Annual administration report of the Civil Veterinary Department of India - 1896-1897
Year: 1896
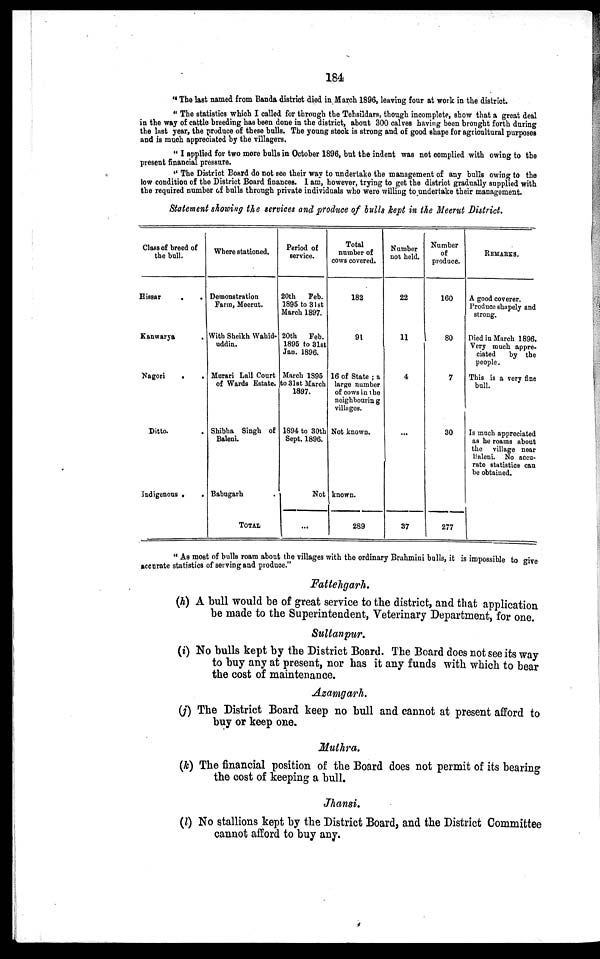
184
" The last named from Banda district died in March 1896, leaving four at work in the district.
" The statistics which I called for through the Tehsildars, though incomplete, show that a great deal
in the way of cattle breeding has been done in the district, about 300 calves having been brought forth during
the last year, the produce of these bulls. The young stock is strong and of good shape for agricultural purposes
and is much appreciated by the villagers.
" I applied for two more bulls in October 1896, but the indent was not complied with owing to the
present financial pressure.
" The District Board do not see their way to undertake the management of any bulls owing to the
low condition of the District Board finances. I am, however, trying to get the district gradually supplied with
the required number of bulls through private individuals who were willing to undertake their management.
Statement showing the services and produce of bulls kept in the Meerut District.
Class of breed of
the bull.
Hissar
. .
Kanwarya .
Nagori
.
.
Ditto. .
Indigenous .
.
Where stationed.
Demonstration
Farm, Meerut.
With Sheikh Wahid-
uddin.
Murari Lall Court
of Wards Estate.
Shibha Singh of
Baleni.
Babugarh .
TOTAL
Period of
service.
20th
Feb.
1895 to 31st
March 1897.
20th
Feb.
1895 to 31st
Jan. 1896.
March 1895
to 31st March
1897.
1894 to 30th
Sept. 1896.
Not
...
Total
number of
cows covered.
182
91
16 of State ; a
large number
of cows in the
neighbouring
villages.
Not known.
known.
289
Number
not held.
22
11
4
...
37
Number
of
produce.
160
80
7
30
277
REMARKS.
A good coverer.
Produce shapely and
strong.
Died in March 1896.
Very much appre-
ciated
by the
people.
This is a very fine
bull.
Is much appreciated
as he roams about
the village near
Ealeni. No accu-
rate statistics can
be obtained.
"As most of bulls roam about the villages with the ordinary Brahmini bulls, it is impossible to give
accurate statistics of serving and produce."
Fattehgarh.
(h) A bull would be of great service to the district, and that application
be made to the Superintendent, Veterinary Department, for one.
Sultanpur.
(i) No bulls kept by the District Board. The Board does not see its way
to buy any at present, nor has it any funds with which to bear
the cost of maintenance.
Azamgarh.
(j) The District Board keep no bull and cannot at present afford to
buy or keep one.
Muthra.
(k) The financial position of the Board does not permit of its bearing
the cost of keeping a bull.
Jhansi.
(l) No stallions kept by the District Board, and the District Committee
cannot afford to buy any.